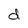
Character: d